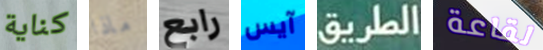
كناية ماذا رابع آيس الطريق لقاعة